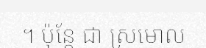
។ ប៉ុន្តែ ជា ស្រមោល